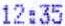
12:35